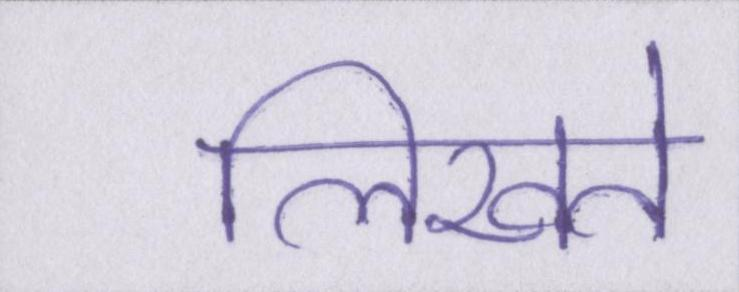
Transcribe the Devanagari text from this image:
लिखते